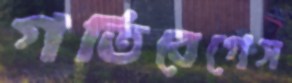
গতিবেগেস